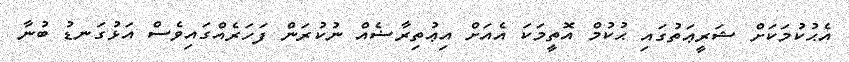
އެޙުކުމަކަށް ޝަރީޢަތުގައި ޙުކުމް އޮތީމަކަ އެއަށް އިޢުތިރާޟެއް ނުކުރަން ފަހަރެއްގައިވެސް އަޅުގަނޑު ބުނާ